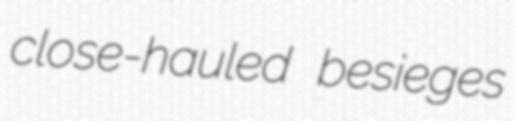
close-hauled besieges